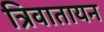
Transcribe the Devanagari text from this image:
त्रिवातायन